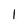
Character: 1